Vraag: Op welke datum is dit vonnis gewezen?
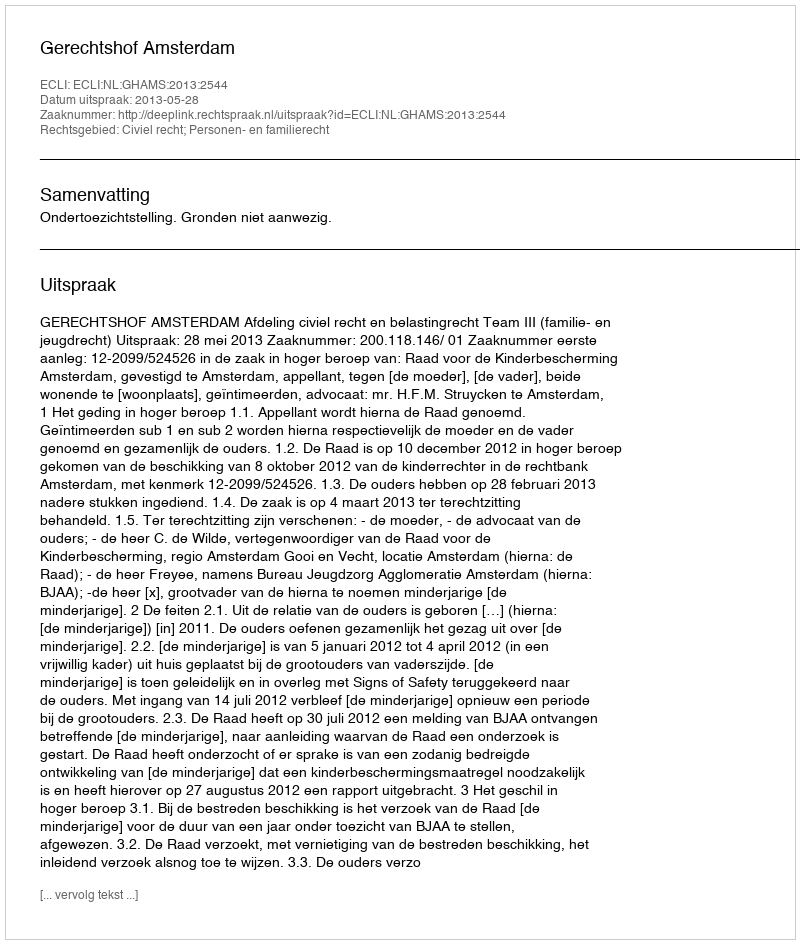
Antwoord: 2013-05-28